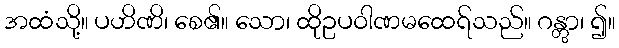
အထံသို့။ ပဟိဏိ၊ စေ၏။ သော၊ ထိုဥပဝါဏမထေရ်သည်။ ဂန္တွာ၊ ၍။